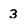
Character: 3